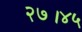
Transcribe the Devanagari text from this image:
२७।४५